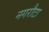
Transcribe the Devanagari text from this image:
नगरौटा